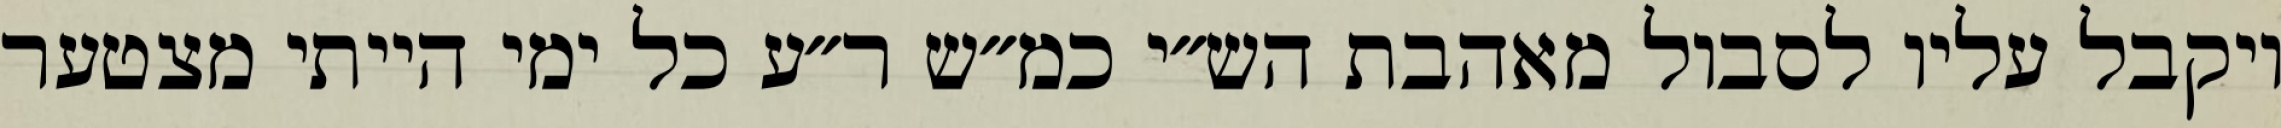
ויקבל עליו לסבול מאהבת הש״י כמ״ש ר״ע כל ימי הייתי מצטער